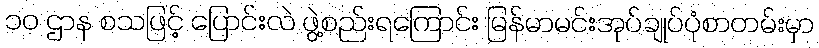
၁၀ ဌာန စသဖြင့် ပြောင်းလဲ ဖွဲ့စည်းရကြောင်း မြန်မာမင်းအုပ်ချုပ်ပုံစာတမ်းမှာ